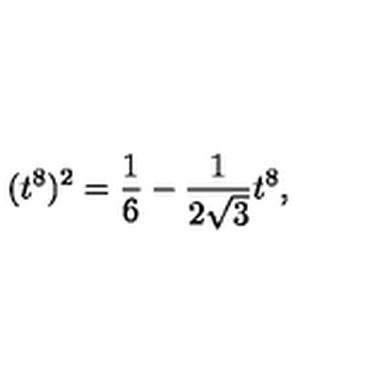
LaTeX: ( t ^ { 8 } ) ^ { 2 } = \frac { 1 } { 6 } - \frac { 1 } { 2 \sqrt { 3 } } t ^ { 8 } ,